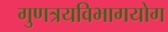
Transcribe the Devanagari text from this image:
गुणत्रयविभागयोग